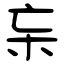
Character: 杗